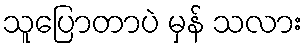
သူပြောတာပဲ မှန် သလား